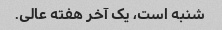
شنبه است، یک آخر هفته عالی.